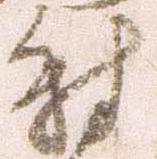
尉